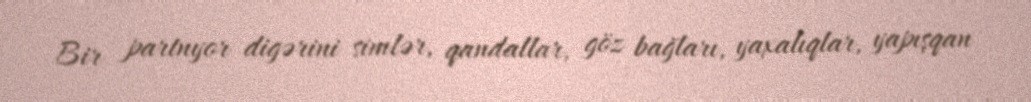
Bir partnyor digərini simlər, qandallar, göz bağları, yaxalıqlar, yapışqan